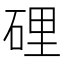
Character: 𥓄